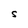
Character: S